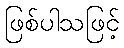
ဖြစ်ပါသဖြင့်